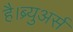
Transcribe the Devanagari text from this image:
है।ब्र्युअर्स